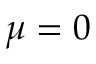
\mu = 0